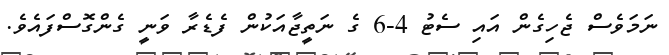
ނަމަވެސް ޖެހިގެން އައި ސެޓު 4-6 ގެ ނަތީޖާއަކުން ފެޑެރާ ވަނީ ގެންގޮސްފައެވެ.